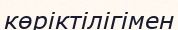
көріктілігімен